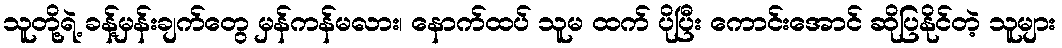
သူတို့ရဲ့ ခန့်မှန်းချက်တွေ မှန်ကန်မလား၊ နောက်ထပ် သူမ ထက် ပိုပြီး ကောင်းအောင် ဆိုပြနိုင်တဲ့ သူများ